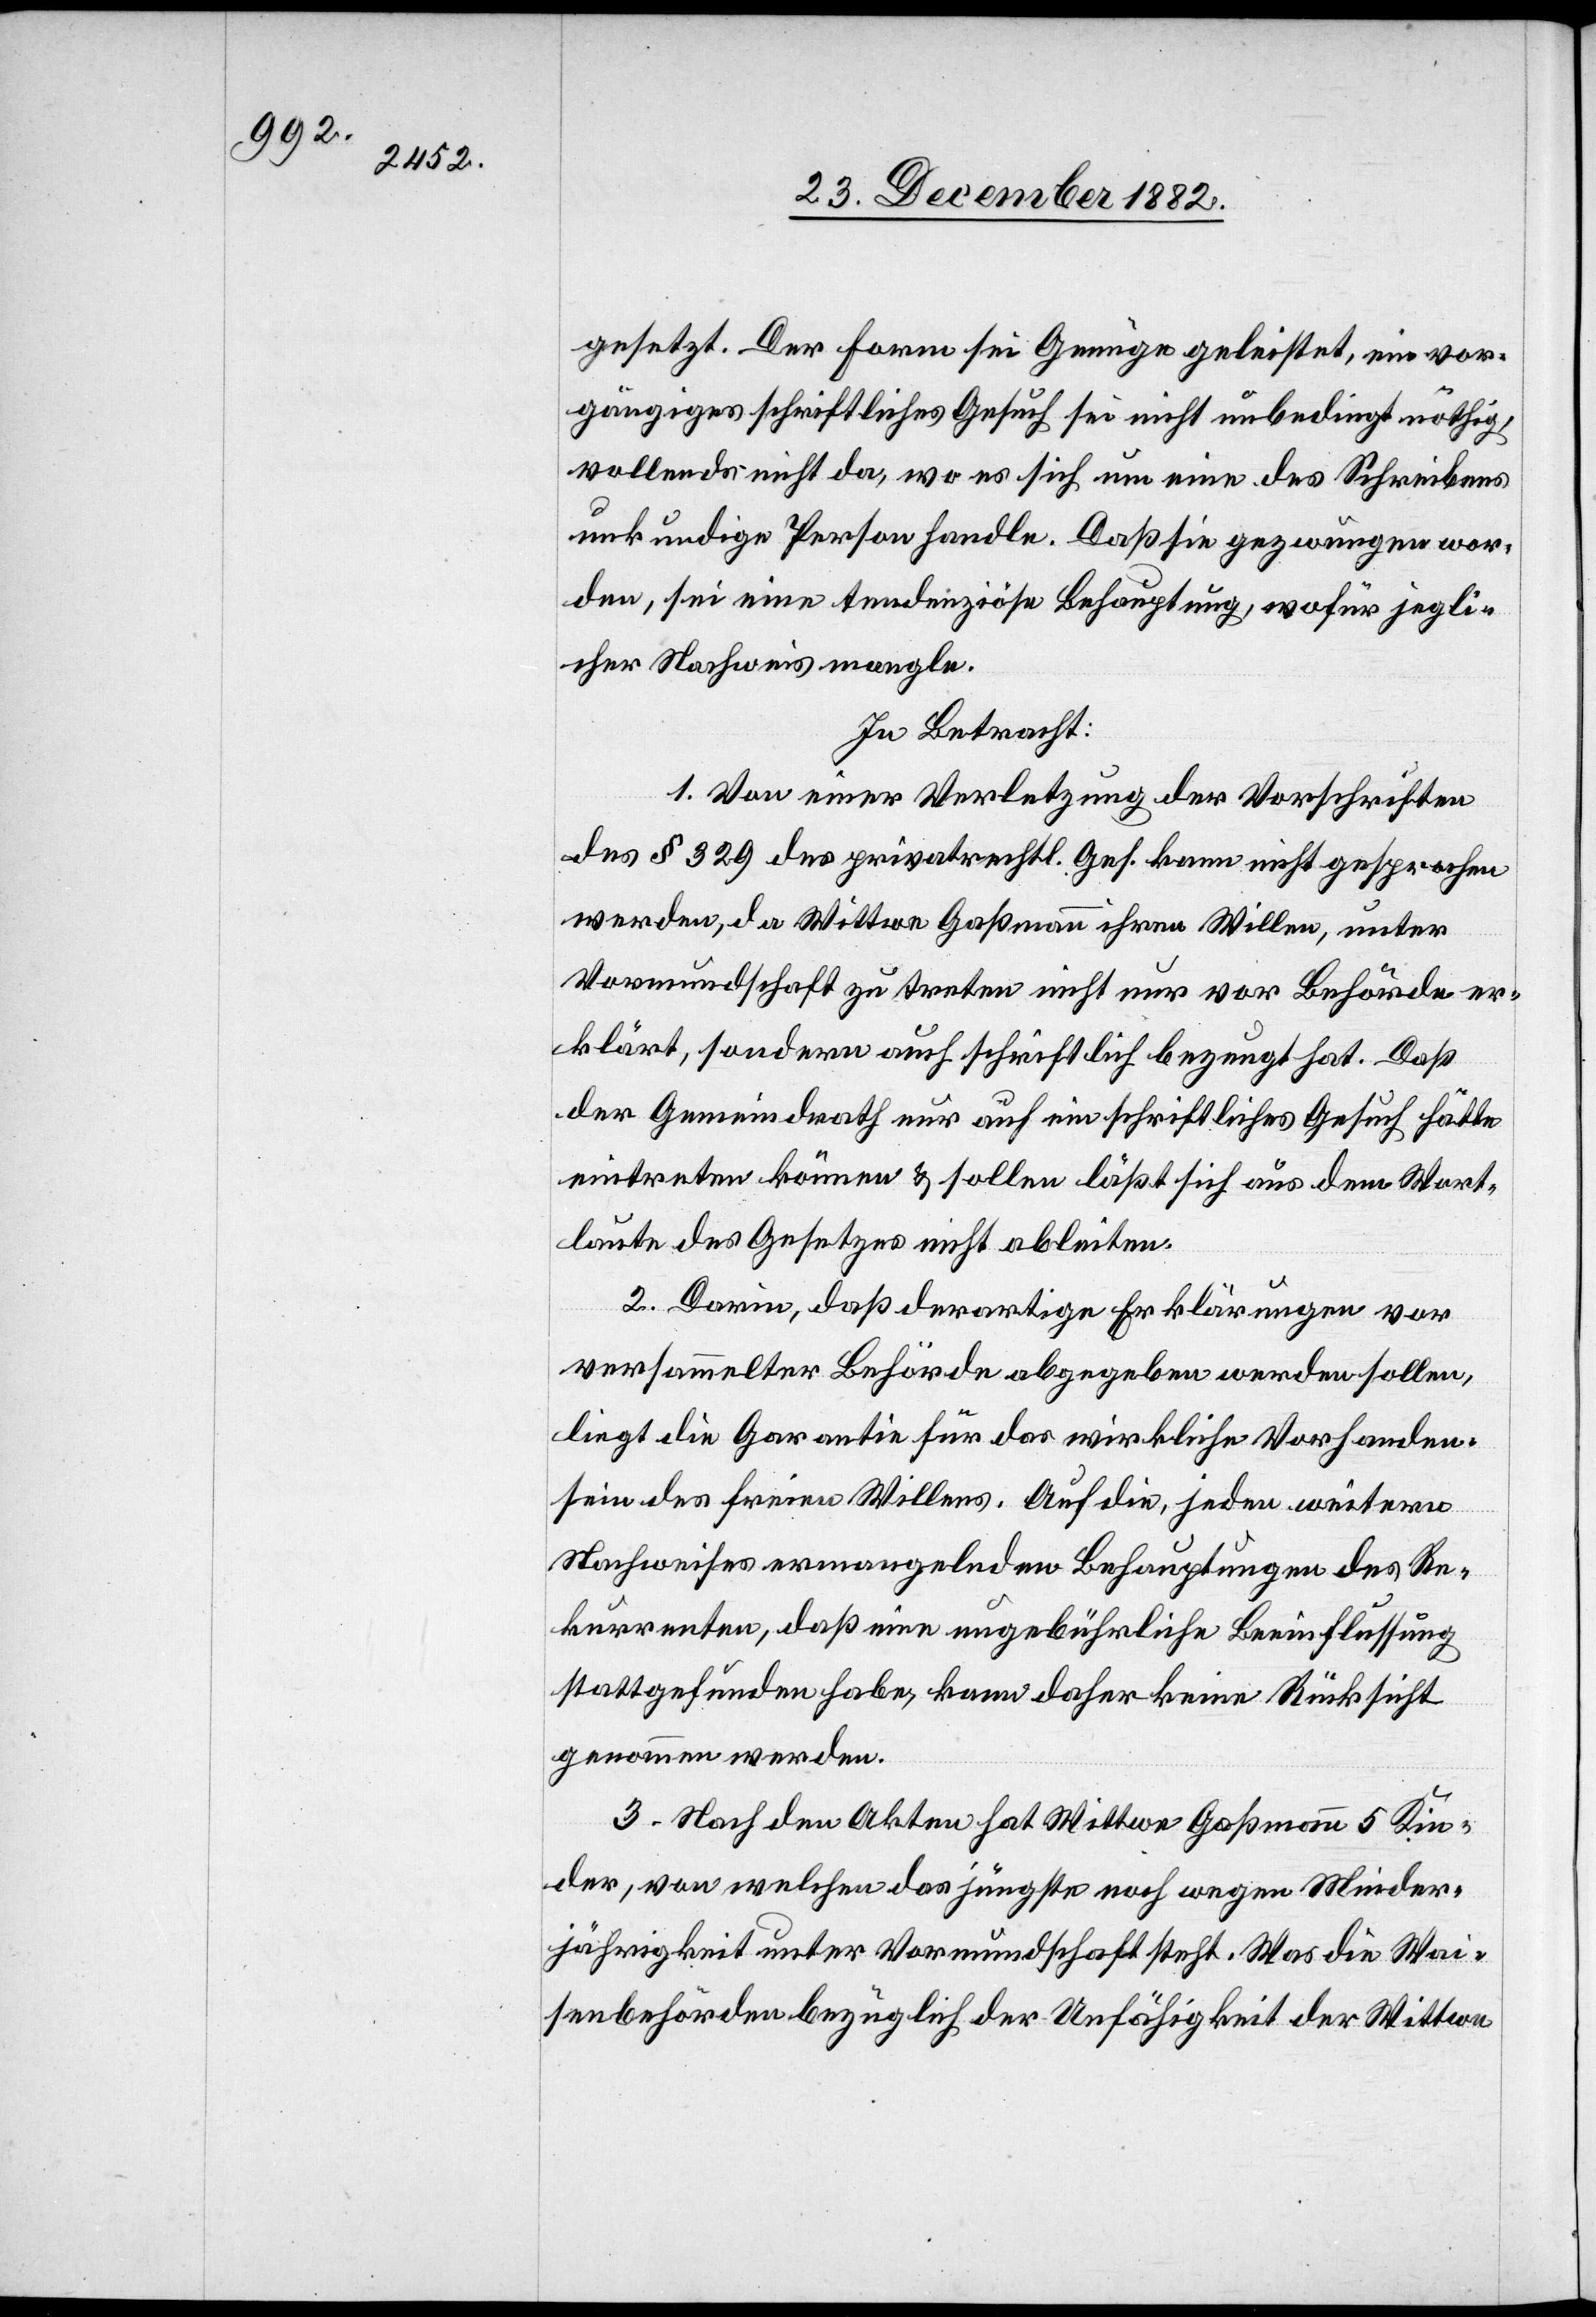
gesetzt. Der Form sei Genüge geleistet, ein vor¬
gängiges schriftliches Gesuch sei nicht unbedingt nöthig,
vollends nicht da, wo es sich um eine des Schreibens
unkundige Person handle. Daß sie gezwungen wor¬
den, sei eine tendenziöse Behauptung, wofür jegli¬
cher Nachweis mangle.
In Betracht:
1. Von einer Verletzung der Vorschriften
des § 329 des privatrechtl. Ges. kann nicht gesprochen
werden, da Wittwe Gaßmann ihren Willen, unter
Vormundschaft zu treten nicht nur vor Behörde er¬
klärt, sondern auch schriftlich bezeugt hat. Daß
der Gemeindrath nur auf ein schriftliches Gesuch hätte
eintreten können & sollen läßt sich aus dem Wort¬
laute des Gesetzes nicht ableiten.
2. Darin, daß derartige Erklärungen vor
versammelter Behörde abgegeben werden sollen,
liegt die Garantie für das wirkliche Vorhanden¬
sein des freien Willens. Auf die, jeden weitern
Nachweises ermangelnden Behauptungen des Re¬
kurrenten, daß eine ungebührliche Beeinflussung
stattgefunden habe, kann daher keine Rücksicht
genommen werden.
3. Nach den Akten hat Wittwe Gaßmann 5 Kin¬
der, von welchen das jüngste noch wegen Minder¬
jährigkeit unter Vormundschaft steht. Was die Wai¬
senbehörden bezüglich der Unfähigkeit der Wittwe